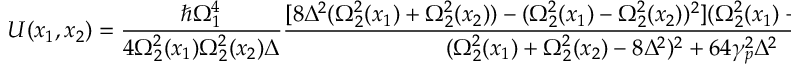
U ( x _ { 1 } , x _ { 2 } ) = \frac { \hbar \Omega _ { 1 } ^ { 4 } } { 4 \Omega _ { 2 } ^ { 2 } ( x _ { 1 } ) \Omega _ { 2 } ^ { 2 } ( x _ { 2 } ) \Delta } \frac { [ 8 \Delta ^ { 2 } ( \Omega _ { 2 } ^ { 2 } ( x _ { 1 } ) + \Omega _ { 2 } ^ { 2 } ( x _ { 2 } ) ) - ( \Omega _ { 2 } ^ { 2 } ( x _ { 1 } ) - \Omega _ { 2 } ^ { 2 } ( x _ { 2 } ) ) ^ { 2 } ] ( \Omega _ { 2 } ^ { 2 } ( x _ { 1 } ) + \Omega _ { 2 } ^ { 2 } ( x _ { 2 } ) + 8 \Delta ^ { 2 } ) } { ( \Omega _ { 2 } ^ { 2 } ( x _ { 1 } ) + \Omega _ { 2 } ^ { 2 } ( x _ { 2 } ) - 8 \Delta ^ { 2 } ) ^ { 2 } + 6 4 \gamma _ { p } ^ { 2 } \Delta ^ { 2 } } .